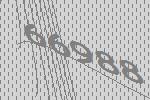
66988